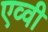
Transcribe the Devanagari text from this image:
एव्वी